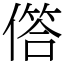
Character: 𠍹